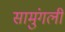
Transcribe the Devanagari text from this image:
सामुंगली